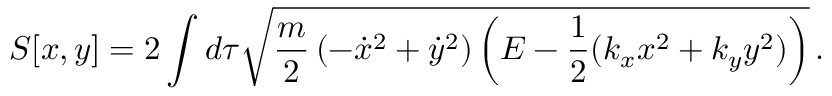
S [ x , y ] = 2 \int d \tau \sqrt { \frac { m } { 2 } \left( - \dot { x } ^ { 2 } + \dot { y } ^ { 2 } \right) \left( E - \frac { 1 } { 2 } ( k _ { x } x ^ { 2 } + k _ { y } y ^ { 2 } ) \right) } \, .